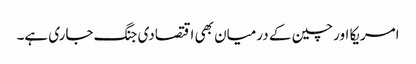
امریکا اور چین کے درمیان بھی اقتصادی جنگ جاری ہے۔